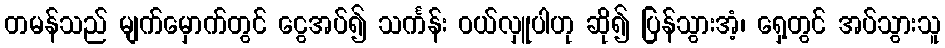
တမန်သည် မျက်မှောက်တွင် ငွေအပ်၍ သင်္ကန်း ဝယ်လှူပါဟု ဆို၍ ပြန်သွားအံ့၊ ရှေ့တွင် အပ်သွားသူ